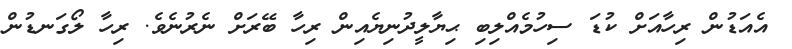
އެއަޑުން ރިހާއަށް ކުޑަ ސިހުމެއްލިބި ޙިޔާލީދުނިޔެއިން ރިހާ ބޭރަށް ނެރުނެވެ. ރިހާ ލޯގަނޑުން